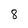
Character: 8